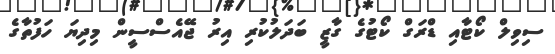
ސިވިލް ކޯޓާއި ޑްރަގް ކޯޓުގެ ގާޒީ ބަދަލުކުރި އިރު ޖޭއެސްސީން މިދިޔަ ހަފުތާގެ